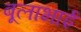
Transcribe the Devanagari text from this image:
बूलाभाई